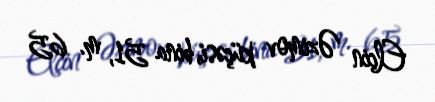
Elçin Əzimov küçəsi, bina 51, m. 65